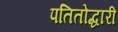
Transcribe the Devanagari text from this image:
पतितोद्धारी